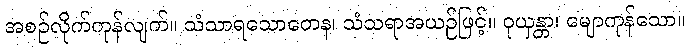
အစဉ်လိုက်ကုန်လျက်။ သံသာရသောတေန၊ သံသရာအယဉ်ဖြင့်။ ဝုယှန္တာ၊ မျောကုန်သော။